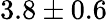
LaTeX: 3.8\pm 0.6